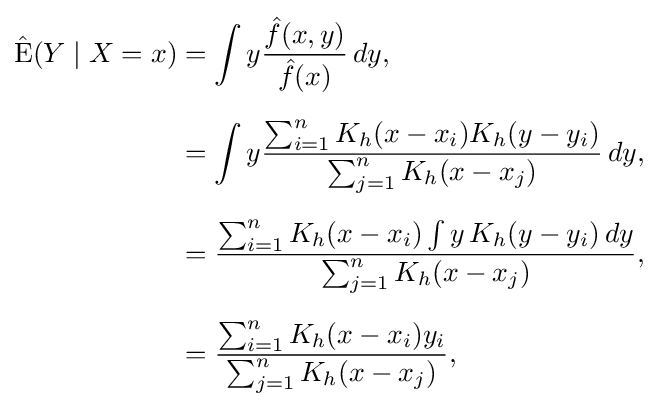
{\begin{aligned}\operatorname {\hat {E}} (Y\mid X=x)&=\int y{\frac {{\hat {f}}(x,y)}{{\hat {f}}(x)}}\,dy,\\[6pt]&=\int y{\frac {\sum _{i=1}^{n}K_{h}(x-x_{i})K_{h}(y-y_{i})}{\sum _{j=1}^{n}K_{h}(x-x_{j})}}\,dy,\\[6pt]&={\frac {\sum _{i=1}^{n}K_{h}(x-x_{i})\int y\,K_{h}(y-y_{i})\,dy}{\sum _{j=1}^{n}K_{h}(x-x_{j})}},\\[6pt]&={\frac {\sum _{i=1}^{n}K_{h}(x-x_{i})y_{i}}{\sum _{j=1}^{n}K_{h}(x-x_{j})}},\end{aligned}}